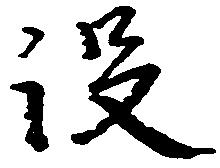
没